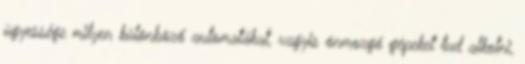
ügyessége milyen különböző automatákat, vagyis önmozgó gépeket tud alkotni,